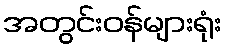
အတွင်းဝန်များရုံး